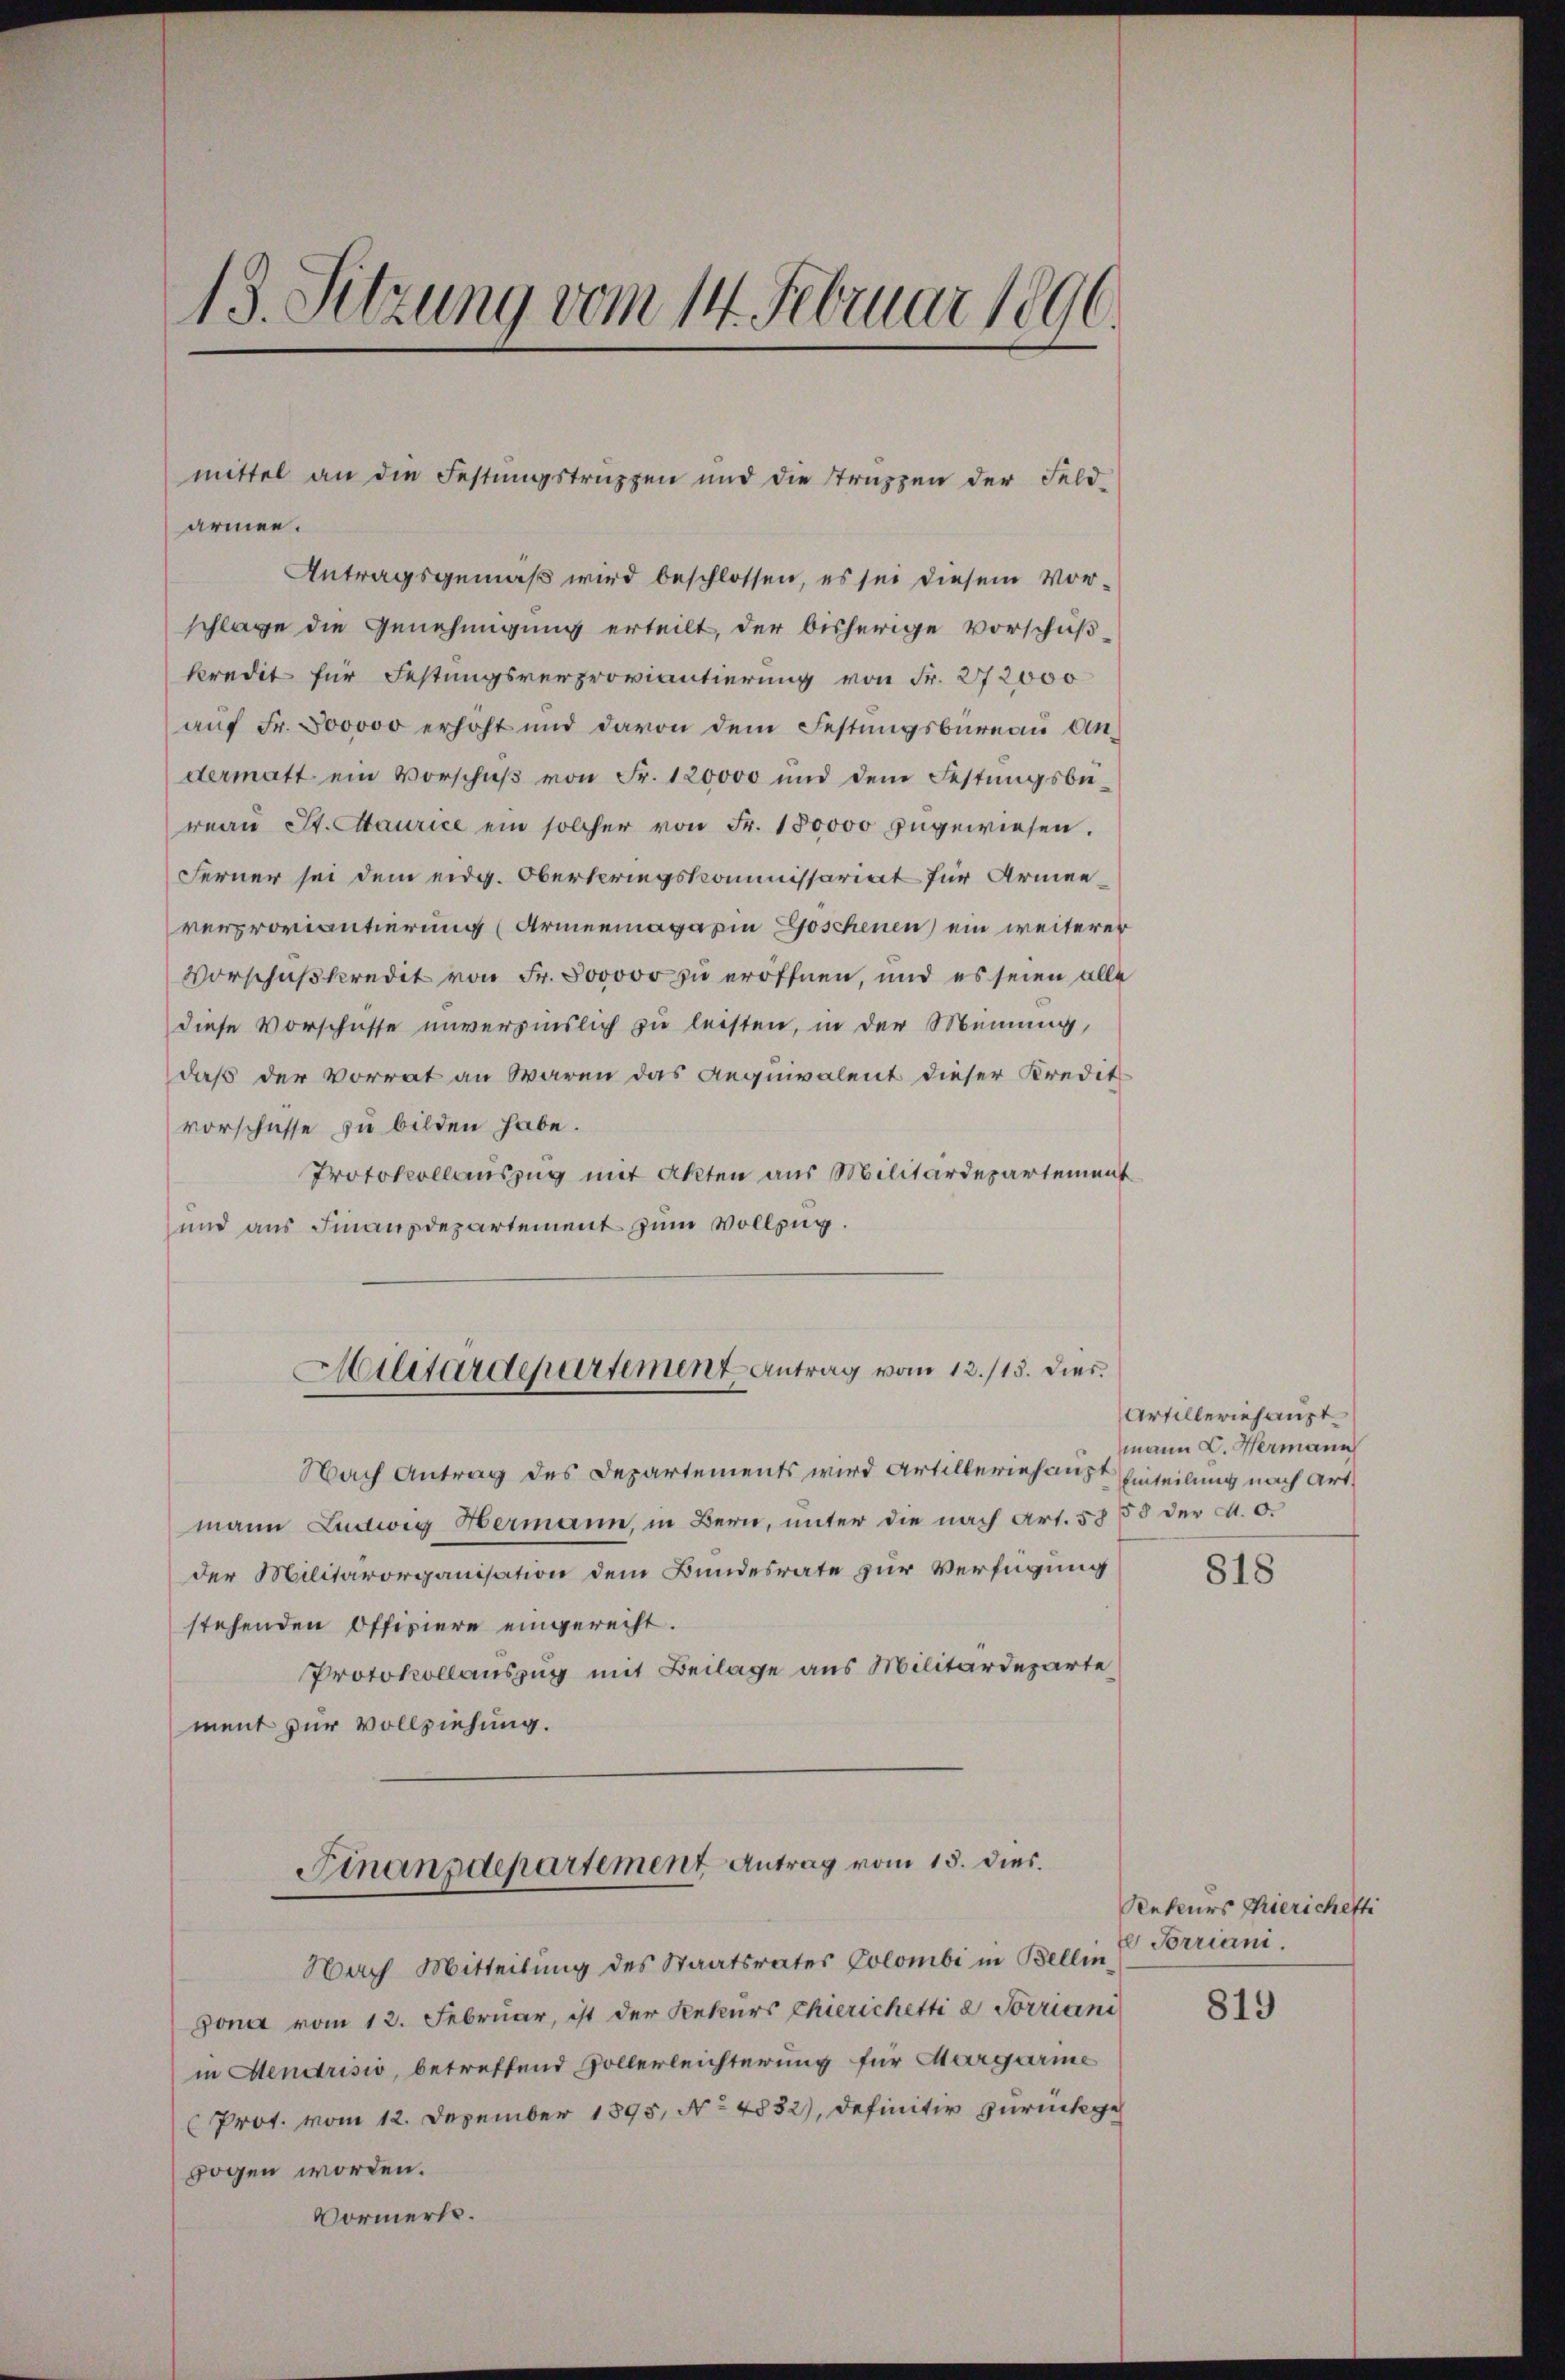
13. Sitzung vom 14. Februar 1896.

armen.
Antragsgemäß wird beschlossen, es sei diesem Vor-
schlage die Genehmigung erteilt, der bisherige Vorschußkredit für Festungsverproviantierung von Fr. 272000
auf Fr. 800000 erhöht und davon dem Festungsbureau Andermatt ein Vorschŭβ von Fr. 120000 und dem Festŭngsbü-
reaŭ St. Maurice ein solcher von Fr. 150000 zugewiesen.
Ferner sei dem eidg. Oberkriegskommissariat für Armenverproviantierung (Armeemagazin Göschenen ein weiterer
Vorschußkredit von Fr. 500000 zu eröffnen, und es seien alle
diese Vorschüsse unverzinslich zu leisten, in der Meinung,
daß der Vorrat an waren das Aequivalent dieser Kredit
vorschüsse zu bilden habe.
Protokollauszug mit Akten aus Militärdepartement
und aus Finanzdepartement zum Vollzug.
Militärdepartement Antrag vom 13./13. Dies
Nach Antrag des Departements wird Artilleriehaupt Einteilung nach Art.
mann Ludwig Hermann, in Bern, unter die nach Art. 58 55 der a. O.
der Militärorganisation dem Bundesrate zur Verfügung
stehenden Offiziere eingerecht.
Protokollauszug mit Beilage aus Militärdeparte
ment zur Vollziehung.
Finanzdepartement Antrag vom 15. dies
Nach Mitteilung des Staatsrates Colombi in Bellin  Porriani.
gona vom 12. Februar, ist der Rekurs Chierichetti e Sorriani
in Mendrisio, betreffend Vollerleichterung für Margarme
Prot. vom 12. Dezember 1895, No 4832), definitiv zurückgezogen worden.
Vormerkt.

mittel an die Festungstruppen und die Strazzen der Feld-

Artilleriehaupt
mann C. Hermann

818

Rekurs Thierichetti

819